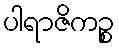
ပါရာဇိကဉ္စ